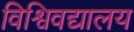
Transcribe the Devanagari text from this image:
विश्विवद्यालय